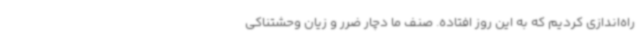
راه‌اندازی کردیم که به این روز افتاده. صنف ما دچار ضرر و زیان وحشتناکی